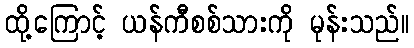
ထို့ကြောင့် ယန်ကီစစ်သားကို မုန်းသည်။